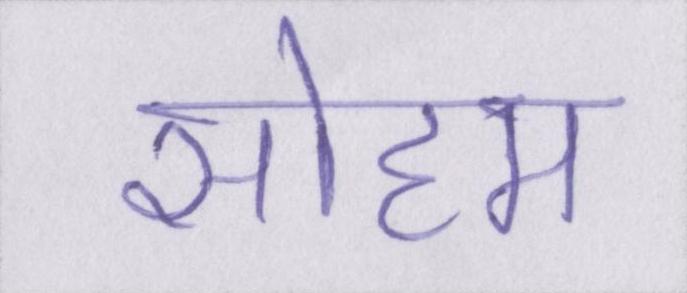
सोहम